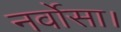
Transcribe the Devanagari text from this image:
नर्वोसा।